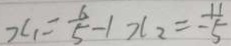
x _ { 1 } = \frac { 6 } { 5 } - 1 x _ { 2 } = \frac { 1 1 } { - 5 }